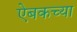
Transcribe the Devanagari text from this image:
ऐबकच्या